Vaccination in Bombay 1863-1868 - 1863-1868
Year: 1863
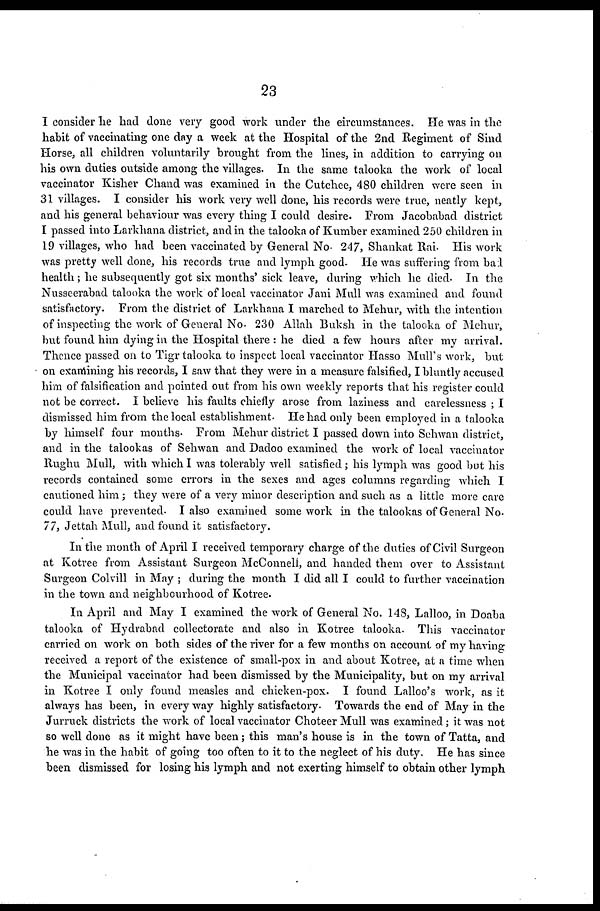
23
I consider he had done very good work under the eircumstances. He was in the
habit of vaccinating one day a week at the Hospital of the 2nd Regiment of Sind
Horse, all children voluntarily brought from the lines, in addition to carrying on
his own duties outside among the villages. In the same talooka the work of local
vaccinator Kisher Chand was examined in the Cutchee, 480 children were seen in
31 villages. I consider his work very well done, his records were true, neatly kept,
and his general behaviour was every thing I could desire. From Jacobabad district
I passed into Larkhana district, and in the talooka of Kumber examined 250 children in
19 villages, who had been vaccinated by General No. 247, Shankat Rai. His work
was pretty well done, his records true and lymph good. He was suffering from bad
health; he subsequently got six months' sick leave, during which he died. In the
Nusseerabad talooka the work of local vaccinator Jani Mull was examined and found
satisfactory. From the district of Larkhana I marched to Mehur, with the intention
of inspecting the work of General No. 230 Allah Buksh in the talooka of Mchur,
but found him dying in the Hospital there : he died a few hours after my arrival.
Thence passed on to Tigr talooka to inspect local vaccinator Hasso Mull's work, but
on examining his records, I saw that they were in a measure falsified, I bluntly accused
him of falsification and pointed out from his own weekly reports that his register could
not be correct. I believe his faults chiefly arose from laziness and carelessness ; I
dismissed him from the local establishment. He had only been employed in a talooka
by himself four months. From Mehur district I passed down into Sehwan district,
and in the talookas of Sehwan and Dadoo examined the work of local vaccinator
Rughu Mull, with which I was tolerably well satisfied ; his lymph was good but his
records contained some errors in the sexes and ages columns regarding which I
cautioned him ; they were of a very minor description and such as a little more care
could have prevented. I also examined some work in the talookas of General No.
77, Jettah Mull, and found it satisfactory.
In the month of April I received temporary charge of the duties of Civil Surgeon
at Kotree from Assistant Surgeon McConneli, and handed them over to Assistant
Surgeon Colvill in May ; during the month I did all I could to further vaccination
in the town and neighbourhood of Kotree.
In April and May I examined the work of General No. 148, Lalloo, in Doaba
talooka of Hydrabad collectorate and also in Kotree talooka. This vaccinator
carried on work on both sides of the river for a few months on account of my having
received a report of the existence of small-pox in and about Kotree, at a time when
the Municipal vaccinator had been dismissed by the Municipality, but on my arrival
in Kotree I only found measles and chicken-pox. I found Lalloo's work, as it
always has been, in every way highly satisfactory. Towards the end of May in the
Jurruck districts the work of local vaccinator Choteer Mull was examined ; it was not
so well done as it might have been ; this man's house is in the town of Tatta, and
he was in the habit of going too often to it to the neglect of his duty. He has since
been dismissed for losing his lymph and not exerting himself to obtain other lymph